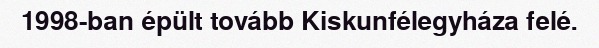
1998-ban épült tovább Kiskunfélegyháza felé.